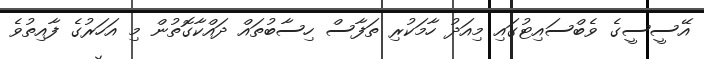
އޭސީސީގެ ވެބްސައިޓުގައި މިއަދު ހާމަކުރި ތަފާސް ހިސާބުތައް ދައްކާގޮތުން މި އަހަރުގެ ފާއިތުވެ